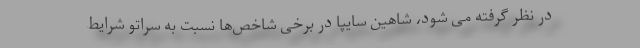
در نظر گرفته می شود، شاهین سایپا در برخی شاخص‌ها نسبت به سراتو شرایط